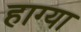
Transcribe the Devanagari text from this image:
हाग्या